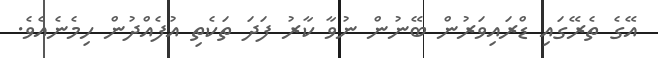
އޭގެ ތެރޭގައި ޑްރައިވަރުން ބޭނުން ނުވާ ކާރު ފަދަ ތަކެތި އުފެއްދުން ހިމެނެއެވެ.